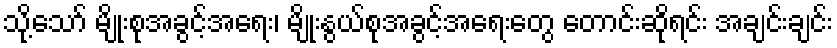
သို့သော် မျိုးစုအခွင့်အရေး၊ မျိုးနွယ်စုအခွင့်အရေးတွေ တောင်းဆိုရင်း အချင်းချင်း